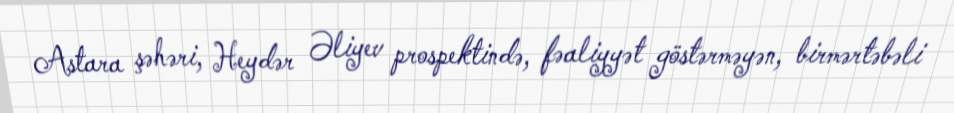
Astara şəhəri, Heydər Əliyev prospektində, fəaliyyət göstərməyən, birmərtəbəli